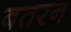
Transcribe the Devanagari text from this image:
बतरन